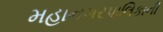
મહાનગરપાલિકાની